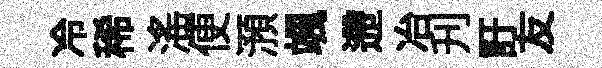
冷稀滛便澦颯遰冶刋訏友